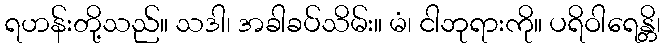
ရဟန်းတို့သည်။ သဒါ၊ အခါခပ်သိမ်း။ မံ၊ ငါဘုရားကို။ ပရိဝါရေန္တိ၊